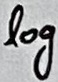
Text: log